Scottish Leaving Certificate Examination, 1957
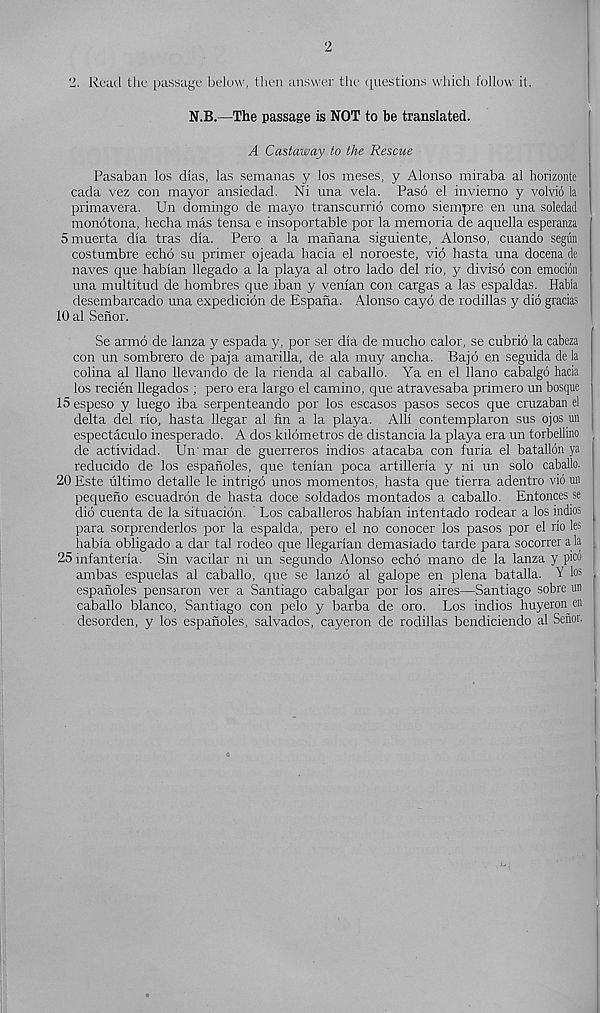
2
2. Read the passage below, then answer the questions which follow it.
N.B.—The passage is NOT to be translated.
A Castaway to the Rescue
Pasaban los dlas, las semanas y los meses, y Alonso miraba al horizonte
cada vez con mayor ansiedad. Ni una vela. Paso el invierno y volvio la
primavera. Un domingo de mayo transcurrio como siempre en una soledad
monotona, hecha mas tensa e insoportable por la memoria de aquella esperanza
5muerta dla tras dla. Pero a la manana siguiente, Alonso, cuando segiin
costumbre echo su primer ojeada hacia el noroeste, vio hasta una docena de
naves que hablan llegado a la playa al otro lado del rlo, y diviso con emotion
una multitud de hombres que iban y venian con cargas a las espaldas. Habia
desembarcado una expedicion de Espana. Alonso cayo de rodillas y did gratias
10 al Senor.
Se armo de lanza y espada y, por ser dla de mucho calor, se cubrio la cabeza
con un sombrero de paja amarilla, de ala muy ancha. Bajo en seguida de la
colina al llano llevando de la rienda al caballo. Ya en el llano cabalgo hacia
los recien Uegados ; pero era largo el camino, que atravesaba primero un bosque
ISespeso y luego iba serpenteando por los escasos pasos secos que cruzaban el
delta del rlo, hasta llegar al fin a la playa. All! contemplaron sus ojos un
espectaculo inesperado. A dos kildmetros de distancia la playa era un torbellino
de actividad. Un mar de guerreros indios atacaba con furia el batallon ya
reducido de los espanoles, que tenlan poca artillerla y ni un solo caballo.
20 Este ultimo detalle le intrigo unos mementos, hasta que tierra adentro vio un
pequeno escuadrdn de hasta doce soldados montados a caballo. Entonces se
did cuenta de la situacidn. Los caballeros hablan intentado rodear a los indios
para sorprenderlos por la espalda, pero el no conocer los pasos por el no les
habia obligado a dar tal rodeo que llegarlan demasiado tarde para socorrer ala
25 infanterla. Sin vacilar ni un segundo Alonso echo mano de la lanza y pice
ambas espuelas al caballo, que se lanzd al galope en plena batalla. Y los
espanoles pensaron ver a Santiago cabalgar por los aires—Santiago sobre un
caballo bianco, Santiago con pelo y barba de oro. Los indios huyeron en
desorden, y los espanoles, salvados, cayeron de rodillas bendiciendo al Senor.